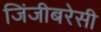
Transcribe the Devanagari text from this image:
जिंजीबरेसी